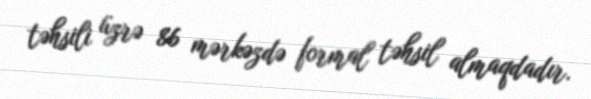
təhsili üzrə 86 mərkəzdə formal təhsil almaqdadır.